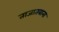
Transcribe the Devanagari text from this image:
ताजातवाना